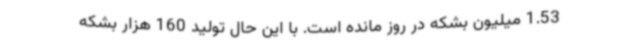
1.53 میلیون بشکه در روز مانده است. با این حال تولید 160 هزار بشکه